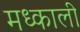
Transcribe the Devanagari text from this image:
मध्काली